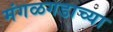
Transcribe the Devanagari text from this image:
मंगळगडाच्या